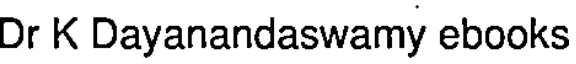
Dr K Dayanandaswamy ebooks